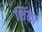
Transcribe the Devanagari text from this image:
शिंका